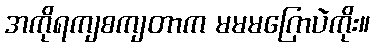
အကိုရကျစကျတာက မမမဂြောပဲကိုး။